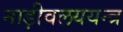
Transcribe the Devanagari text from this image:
नाड़ीवलययन्त्र